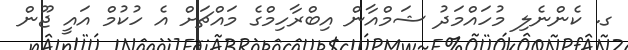
ގ. ކެންނެލި މުހައްމަދު ޝަމްއާން އިބްރާހިމްގެ މައްޗަށް އެ ހުކުމް އައީ ޖޫން